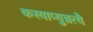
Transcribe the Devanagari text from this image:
कस्याप्युन्नत्यै